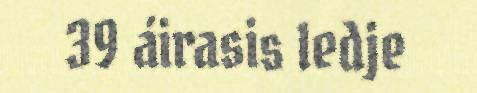
39 áirasis ledje